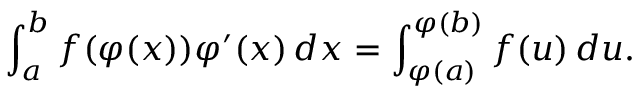
\int _ { a } ^ { b } f ( \varphi ( x ) ) \varphi ^ { \prime } ( x ) \, d x = \int _ { \varphi ( a ) } ^ { \varphi ( b ) } f ( u ) \, d u .